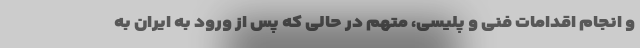
و انجام اقدامات فنی و پلیسی، متهم در حالی که پس از ورود به ایران به